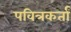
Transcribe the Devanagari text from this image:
पवित्रकर्ता